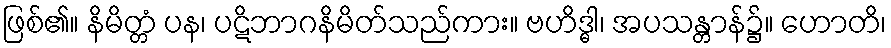
ဖြစ်၏။ နိမိတ္တံ ပန၊ ပဋိဘာဂနိမိတ်သည်ကား။ ဗဟိဒ္ဓါ၊ အပသန္တာန်၌။ ဟောတိ၊